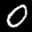
Label: 0